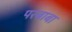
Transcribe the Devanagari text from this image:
परबाबा